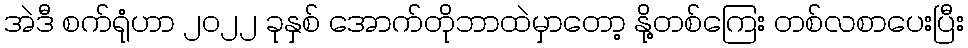
အဲဒီ စက်ရုံဟာ ၂၀၂၂ ခုနှစ် အောက်တိုဘာထဲမှာတော့ နို့တစ်ကြေး တစ်လစာပေးပြီး